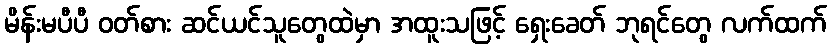
မိန်းမပီပီ ဝတ်စား ဆင်ယင်သူတွေထဲမှာ အထူးသဖြင့် ရှေးခေတ် ဘုရင်တွေ လက်ထက်